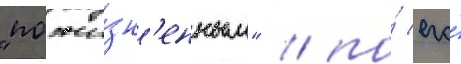
"пожи́зн'енным" / по́ его́